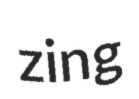
zing